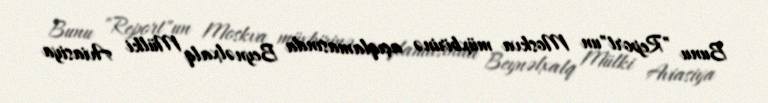
Bunu "Report"un Moskva müxbirinə açıqlamasında Beynəlxalq Mülki Aviasiya